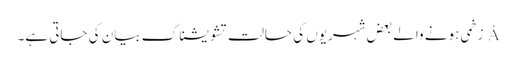
Â زخمی ہونے والے بعض شہریوں کی حالت تشویشناک بیان کی جاتی ہے۔